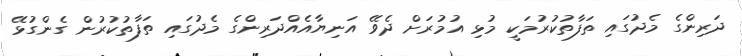
ދަރިންގެ މެދުގައި ތަފާތުކުރުމަކީ މުޅި އުމުރަށް ދެވޭ އަނިޔާއެއްދަރިންގެ މެދުގައި ތަފާތުކުރުން ގެންގުޅޭ